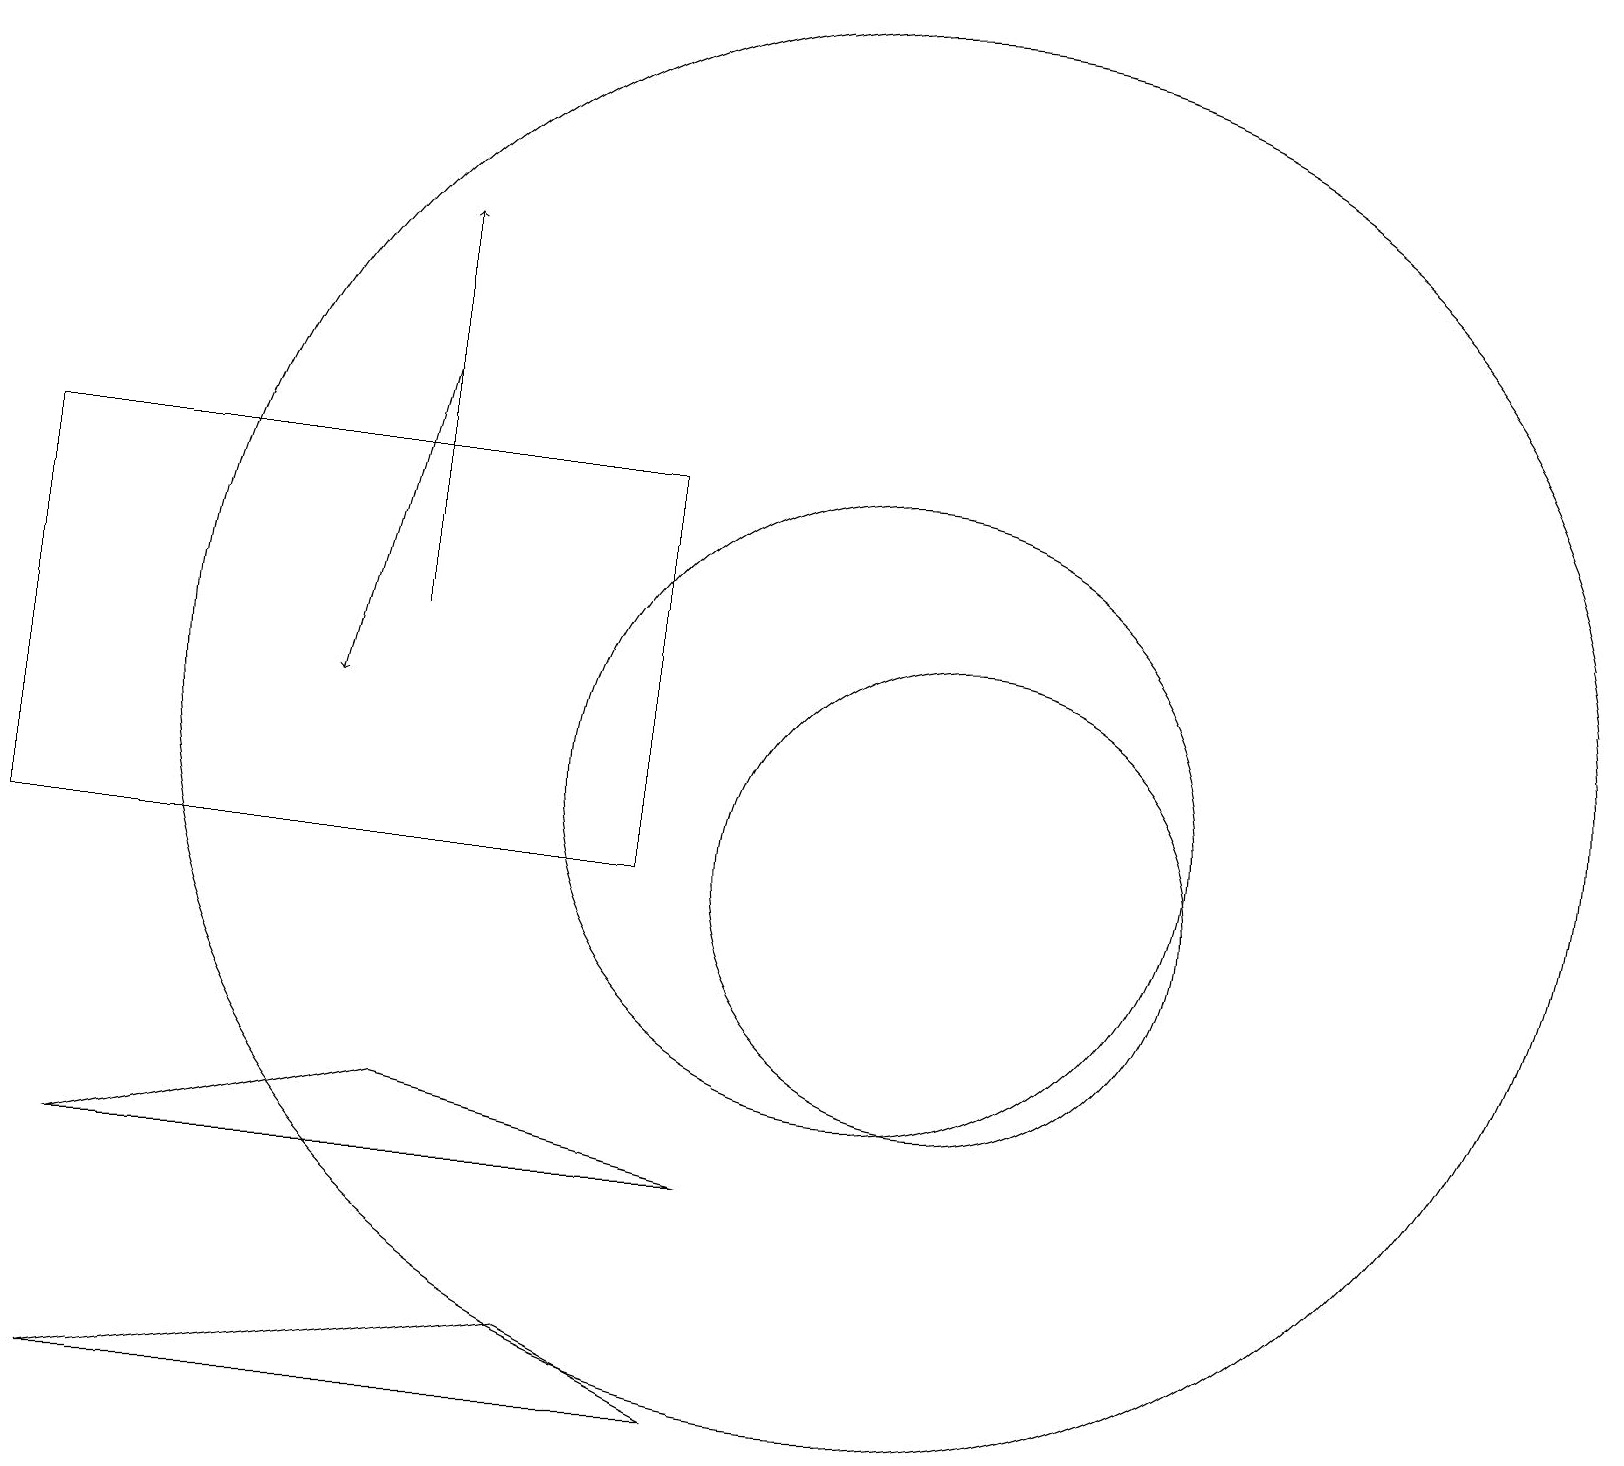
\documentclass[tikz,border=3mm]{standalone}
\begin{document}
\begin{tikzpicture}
\draw[->] (5,16) -- (4,12);
\draw (11,12) circle (9);
\draw[->] (5,13) -- (5,18);
\draw (12,10) circle (3);
\draw (8,15) rectangle (0,10);
\draw (7,4) -- (9,3) -- (1,3) -- cycle;
\draw (11,11) circle (4);
\draw (1,6) -- (5,7) -- (9,6) -- cycle;
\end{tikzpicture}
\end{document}